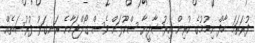
ފުރަތަމަ ހާފް ނިމުމުގެ ކުރިން އިރުޝާދީޔާ ސްކޫލަށް ވެސް ގޯލްޖަހާނެ ރަނގަޅު ފުރުސަތެއް